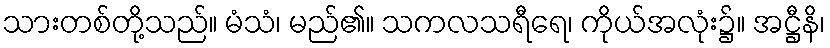
သားတစ်တို့သည်။ မံသံ၊ မည်၏။ သကလသရီရေ၊ ကိုယ်အလုံး၌။ အဋ္ဌီနိ၊